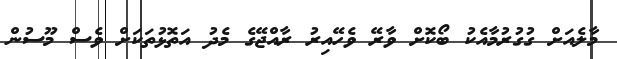
މާލެއަށް ގުގުރުމާއެކު ބޯކޮށް ވާރޭ ވެހޭއިރު ރާއްޖޭގެ މެދު އަތޮޅުތަކަށް ވެސް މޫސުން